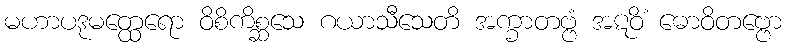
မဟာပဒုမတ္ထေရော ဝိစိကိစ္ဆသေ ဂယာသီသေတိ အက္ခာတဗ္ဗံ အဋဝိံ ဓောဝိတဗ္ဗော